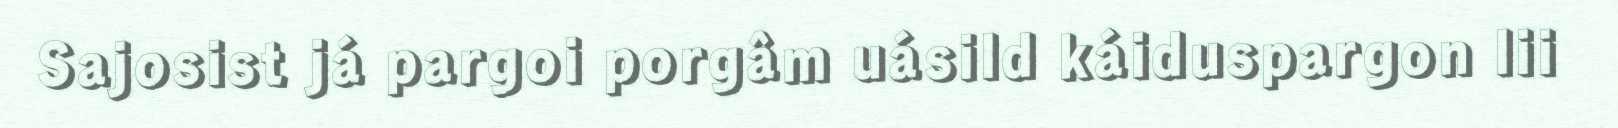
Sajosist já pargoi porgâm uásild káiduspargon lii